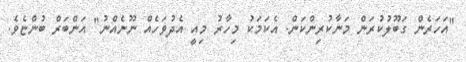
"އަހަރެން ގަބޫލުކުރަން މަނާކުރިންކަން. އެކަމަކު މިހާރު މިއީ އެދުވަހެއް ނޫނެއްނު" އަންބަރް ބުންޏެވެ.